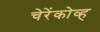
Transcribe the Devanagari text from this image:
चेरेंकोव्ह